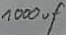
Text: 1000uF